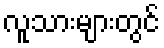
လူသားများတွင်